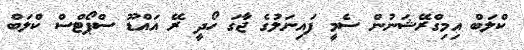
ކްލަބް އިމިގްރޭޝަނުން ސެމީ ފައިނަލުގެ ޖާގަ ހޯދީ ރޭ އައްޑޫ ސްޕޯޓްސް ކްލަބް